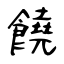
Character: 饒